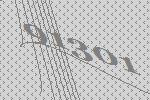
91301